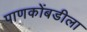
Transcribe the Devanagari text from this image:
पाणकोंबडीला